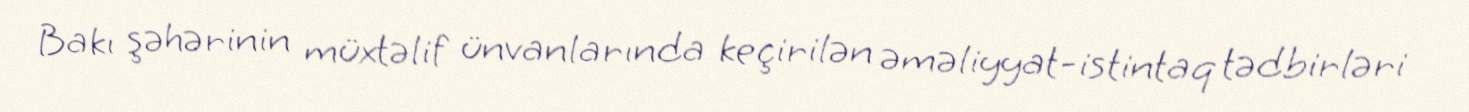
Bakı şəhərinin müxtəlif ünvanlarında keçirilən əməliyyat-istintaq tədbirləri